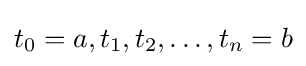
t_{0}=a,t_{1},t_{2},\ldots ,t_{n}=b